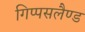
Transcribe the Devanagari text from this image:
गिप्पसलैण्ड